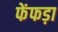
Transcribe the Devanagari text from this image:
फेंफड़ा